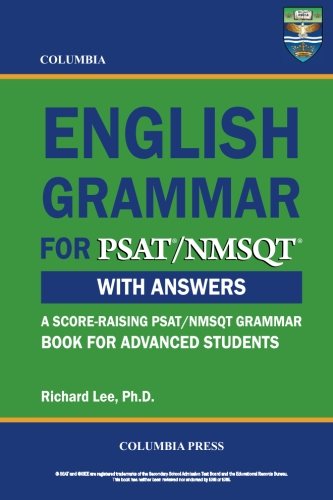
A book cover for Columbia English Grammar for PSAT/NMSQT; Richard Lee Ph.D.; Test Preparation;